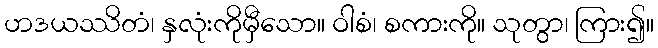
ဟဒယဿိတံ၊ နှလုံးကိုမှီသော။ ဝါစံ၊ စကားကို။ သုတွာ၊ ကြား၍။